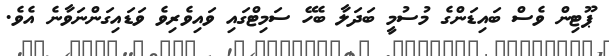
ޕޫޓިން ވެސް ބައިޑަންގެ މުސުމީ ބަދަލާ ބެހޭ ސަމިޓްގައި ވައިވެރިވެ ވަޑައިގަންނަވާނެ އެވެ.